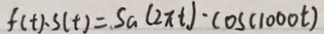
f ( t ) \cdots ( t ) = S _ { a } ( 2 \pi t ) \cdot \cos ( 1 0 0 0 t )